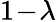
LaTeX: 1\! -\! \lambda